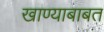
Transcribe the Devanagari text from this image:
खाण्याबाबत